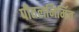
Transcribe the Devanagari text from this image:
पीतलनिर्मित